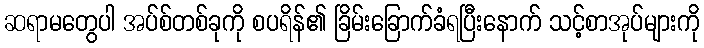
ဆရာမတွေပါ အပ်စ်တစ်ခုကို စပရိန်၏ ခြိမ်းခြောက်ခံရပြီးနောက် သင့်စာအုပ်များကို